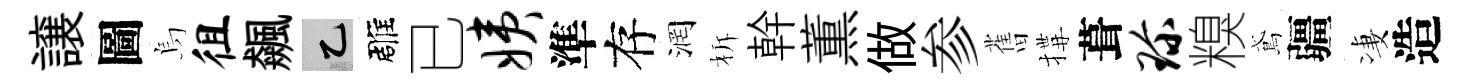
譲圖烏徂飆乙雕已姨準存润柝幹薫做参𦾔搆葺珍糗鳶疆凄造